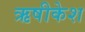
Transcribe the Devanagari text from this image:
ऋषीकेश